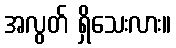
အလွတ် ရှိသေးလား။